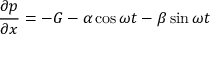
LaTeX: { \frac { \partial p } { \partial x } } = - G - \alpha \cos \omega t - \beta \sin \omega t